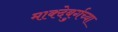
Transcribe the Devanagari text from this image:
माक्देबुर्गच्या